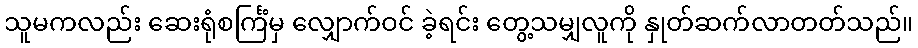
သူမကလည်း ဆေးရုံစင်္ကြံမှ လျှောက်ဝင် ခဲ့ရင်း တွေ့သမျှလူကို နှုတ်ဆက်လာတတ်သည်။